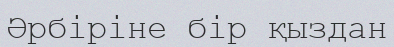
Әрбiрiне бiр қыздан